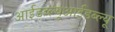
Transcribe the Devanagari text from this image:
आईडब्ल्यूआईडब्ल्यू